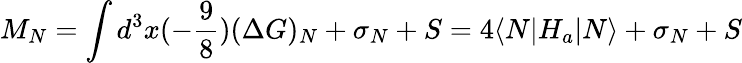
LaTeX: M_{N}=\int d^{3}x(-\frac{9}{8})(\Delta G)_{N}+\sigma_{N}+S=4{\langle N|H_{a}|N\rangle}+\sigma_{N}+S